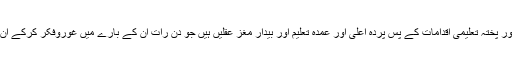
بلاشبہ ان مضبوط اور پختہ تعلیمی اقدامات کے پس پردہ اعلی اور عمدہ تعلیم اور بیدار مغز عقلیں ہیں جو دن رات ان کے بارے میں غوروفکر کرکے ان کو نافذ کرتی ہیں ۔